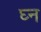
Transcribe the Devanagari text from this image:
घ्न